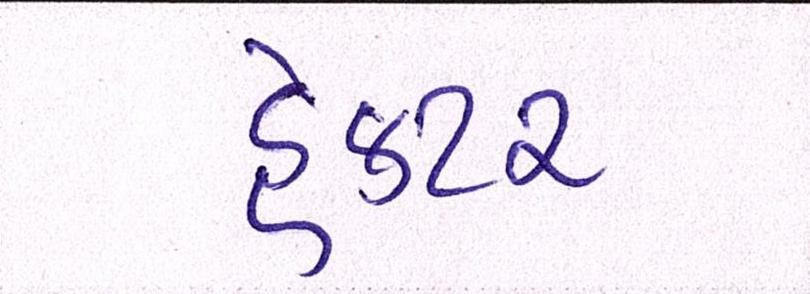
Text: હેક્ટર